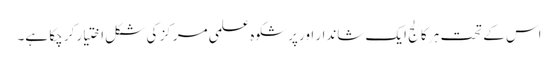
اس کے تحت ہر کالج ایک شاندار اور پرشکوہ علمی مرکز کی شکل اختیار کر چکا ہے۔